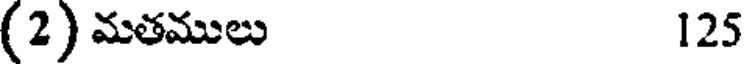
(2) మతములు 125